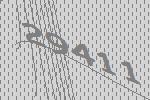
29411